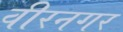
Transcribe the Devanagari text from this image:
वीरनगर